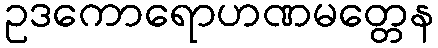
ဥဒကောရောဟဏမတ္တေန